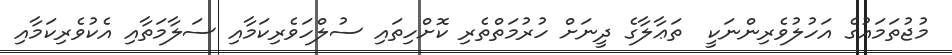
މުޖުތަމައުގެ އަހުލުވެރިންނަކީ  ތަޢާލާގެ ދީނަށް ހުރުމަތްތެރި ކޮށްހިތައި ސުލްހަވެރިކަމާއި ސަލާމަތާއި އެކުވެރިކަމާއި